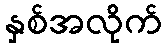
နှစ်အလိုက်